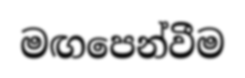
මඟපෙන්වීම